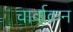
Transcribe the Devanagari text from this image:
चार्वाकन